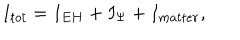
LaTeX: I _ { t o t } = I _ { E H } + I _ { \Psi } + I _ { m a t t e r } ,